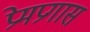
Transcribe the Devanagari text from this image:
प्रेमप्रगास